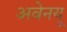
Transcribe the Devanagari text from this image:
अवेनयू